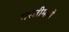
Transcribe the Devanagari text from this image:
गस्तीमध्ये